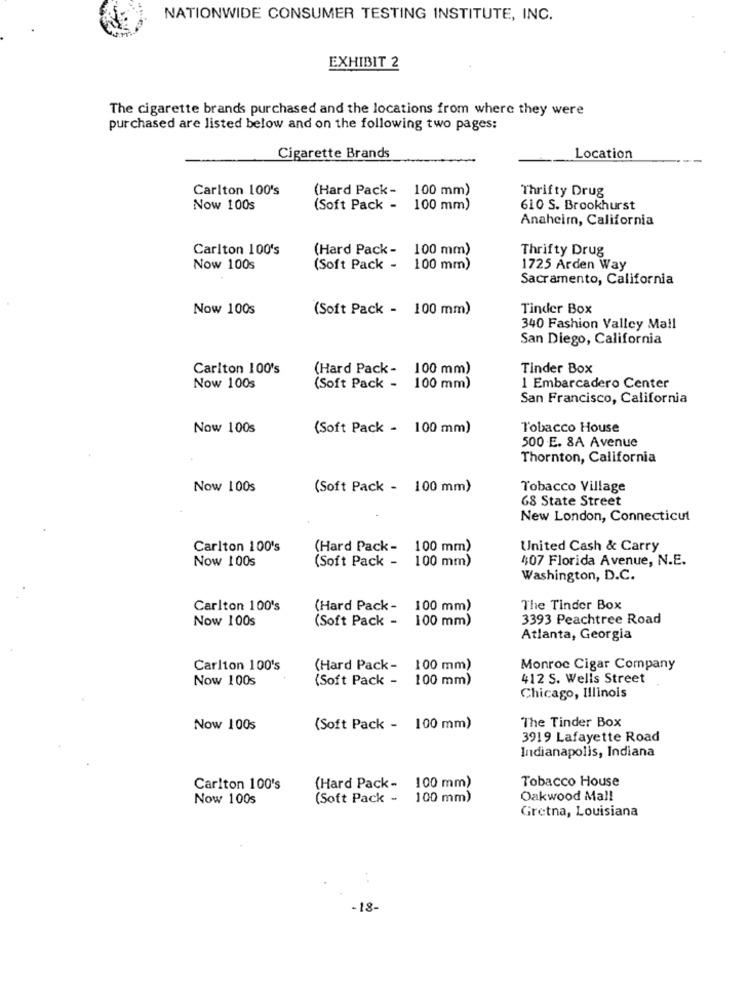
NATIONWIDE CONSUMER TESTING INSTITUTE, INC.
EXHIBIT 2
The cigarette brands purchased and the locations from where they were
purchased are listed below and on the following two pages:
Cigarette Brands
Location
Carlton 100's
(Hard Pack-
100 mm)
Thrifty Drug
Now 100s
(Soft Pack -
100 mm)
610 S. Brookhurst
Anaheim, California
Carlton 100's
(Hard Pack- 100 mm)
Thrifty Drug
Now 100s
(Soft Pack - 100 mm)
1725 Arden Way
Sacramento, California
Now 100s
(Soft Pack - 100 mm)
Tinder Box
340 Fashion Valley Mail
San Diego, California
Carlton 100's
(Hard Pack- 100 mm)
Tinder Box
Now 100s
(Soft Pack - 100 mm)
1 Embarcadero Center
San Francisco, California
Now 100s
(Soft Pack - 100 mm)
Tobacco House
500 E. 8A Avenue
Thornton, California
Now 100s
(Soft Pack - 100 mm)
Tobacco Village
68 State Street
New London, Connecticut
Carlton 100's
(Hard Pack- 100 mm)
United Cash & Carry
Now 100s
(Soft Pack - 100 mm)
407 Florida Avenue, N.E.
Washington, D.C.
Carlton 100's
(Hard Pack-
100 mm)
The Tinder Box
Now 100s
(Soft Pack -
100 mm)
3393 Peachtree Road
Atlanta, Georgia
Carlton 100's
(Hard Pack- 100 mm)
Monroe Cigar Company
Now 100s
(Soft Pack -
100 mm)
412 S. Wells Street
Chicago, Illinois
Now 100s
(Soft Pack - 100 mm)
The Tinder Box
3919 Lafayette Road
Indianapolis, Indiana
Tobacco House
Carlton 100's
(Hard Pack- 100 mm)
Now 1005
(Soft Pack - 100 mm)
Oakwood Mall
Gretna, Louisiana
-18-